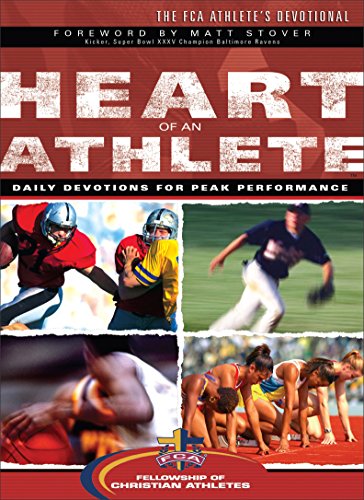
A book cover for Heart of an Athlete; Fellowship of Christian Athletes; Christian Books & Bibles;